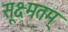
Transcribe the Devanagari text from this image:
सूक्ष्मतम्